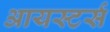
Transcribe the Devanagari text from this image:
आयस्टर्स